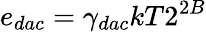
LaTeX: e_{dac}=\gamma_{dac}kT2^{2B}